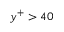
y ^ { + } > 4 0